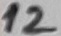
Text: 12